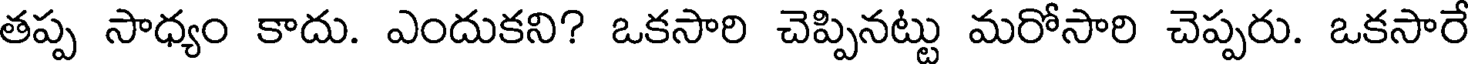
తప్ప సాధ్యం కాదు. ఎందుకని? ఒకసారి చెప్పినట్టు మరోసారి చెప్పరు. ఒకసారే